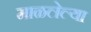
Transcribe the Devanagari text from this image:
माळलेल्या